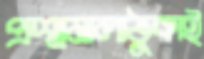
প্রশ্নমালাঠুকাই